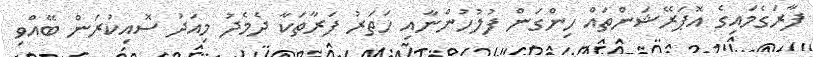
ފާރަގެމައިގެ އޮޕަރޭޝަންތައް ހިންގަން ފުލުހުންނާއި ހަތަރު ފަރާތަކާ ދެމެދު މިއަދު ސޮއިކުރަން ބޭއްވި